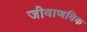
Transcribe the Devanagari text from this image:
जीवाणविक